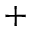
^ +